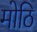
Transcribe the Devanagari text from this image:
मोठि